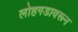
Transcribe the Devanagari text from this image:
लोहगडावरून